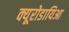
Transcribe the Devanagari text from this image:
क्यूरोडायिआ